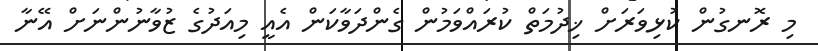
މި ރޮނގުން ކުޅިވަރަށް ޚިދުމަތް ކުރައްވަމުން ގެންދަވާކަން އެއީ މިއަދުގެ ޒުވާނުންނަށް އޭނާ